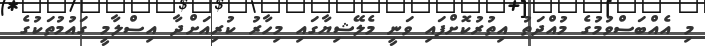
މި އެއްބަސްވުމުގެ މުއްދަތު އިތުރުކޮށްފައި ވަނީ މެލޭޝިޔާގައި މިހާރު ކުރިއަށްދާ އިސްލާމީ ގައުމުތަކުގެ